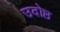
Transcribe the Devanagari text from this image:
उदोष्ठ